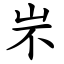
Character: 㞸